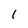
Character: I